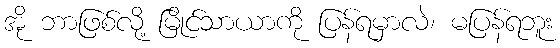
အို ဘာဖြစ်လို့ မြိုင်သာယာကို ပြန်ရမှာလဲ၊ မပြန်ရဘူး